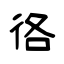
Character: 𢓜